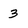
Character: 3